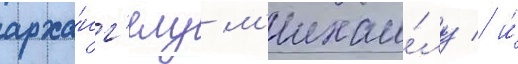
арха́нг'елу м'ихаи́лу / и́